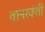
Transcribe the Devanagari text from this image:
वानरवंशी